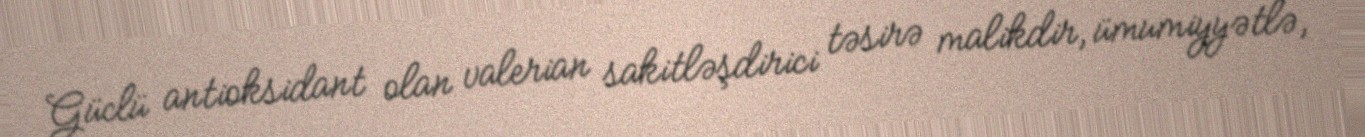
Güclü antioksidant olan valerian sakitləşdirici təsirə malikdir, ümumiyyətlə,